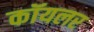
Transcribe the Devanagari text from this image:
कॉयलर